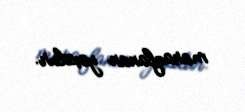
maraqlanan yoxdur.